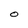
Character: O